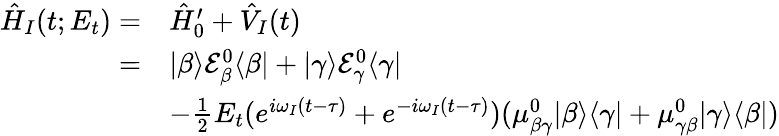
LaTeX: \begin{array}{rl}{\hat{H}_{I}(t;E_{t})=}&{\hat{H}_{0}^{\prime}+\hat{V}_{I}(t)}\\ {=}&{|\beta\rangle\mathcal{E}_{\beta}^{0}\langle\beta|+|\gamma\rangle\mathcal{E}_{\gamma}^{0}\langle\gamma|}\\ &{-\frac{1}{2}E_{t}(e^{i\omega_{I}(t-\tau)}+e^{-i\omega_{I}(t-\tau)})(\mu_{\beta\gamma}^{0}|\beta\rangle\langle\gamma|+\mu_{\gamma\beta}^{0}|\gamma\rangle\langle\beta|)}\end{array}